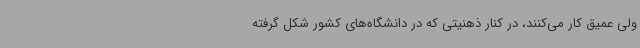
ولی عمیق کار می‌کنند، در کنار ذهنیتی که در دانشگاه‌های کشور شکل گرفته